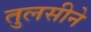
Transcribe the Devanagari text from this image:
तुलसीने